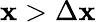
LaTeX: \mathbf{x}>\Delta\mathbf{x}